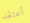
أعتقد